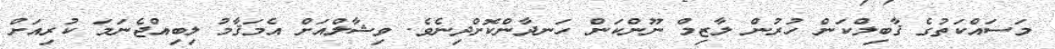
މަސައްކަތުގެ ޤާބިލްކަން ހުރުން ލާޒިމް ނޫންކަން ހަނދާންކޮށްދިނެވެ. ވިޝާލްއަށް އެމަޤާމު ލިބިއްޖެނަމަ ކުރިއަށް